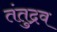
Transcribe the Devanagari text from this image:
तंतुद्रव